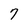
Character: 7